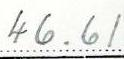
46.61